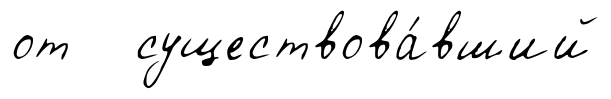
от существова́вший